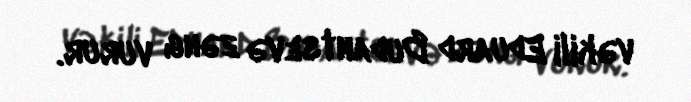
vəkili Eduard Budantsevə zəng vurur.